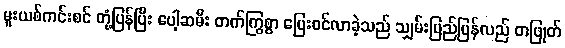
မူးယစ်ကင်းစင် တုံ့ပြန်ပြီး ပေါ့ဆမီး တက်ကြွစွာ ပြေးဝင်လာခဲ့သည် သျှမ်းပြည်ပြန်လည် တဖြုတ်